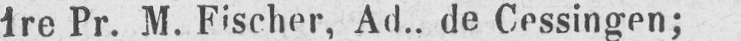
1re Pr. M. Fischer, Ad., de Cessingen;